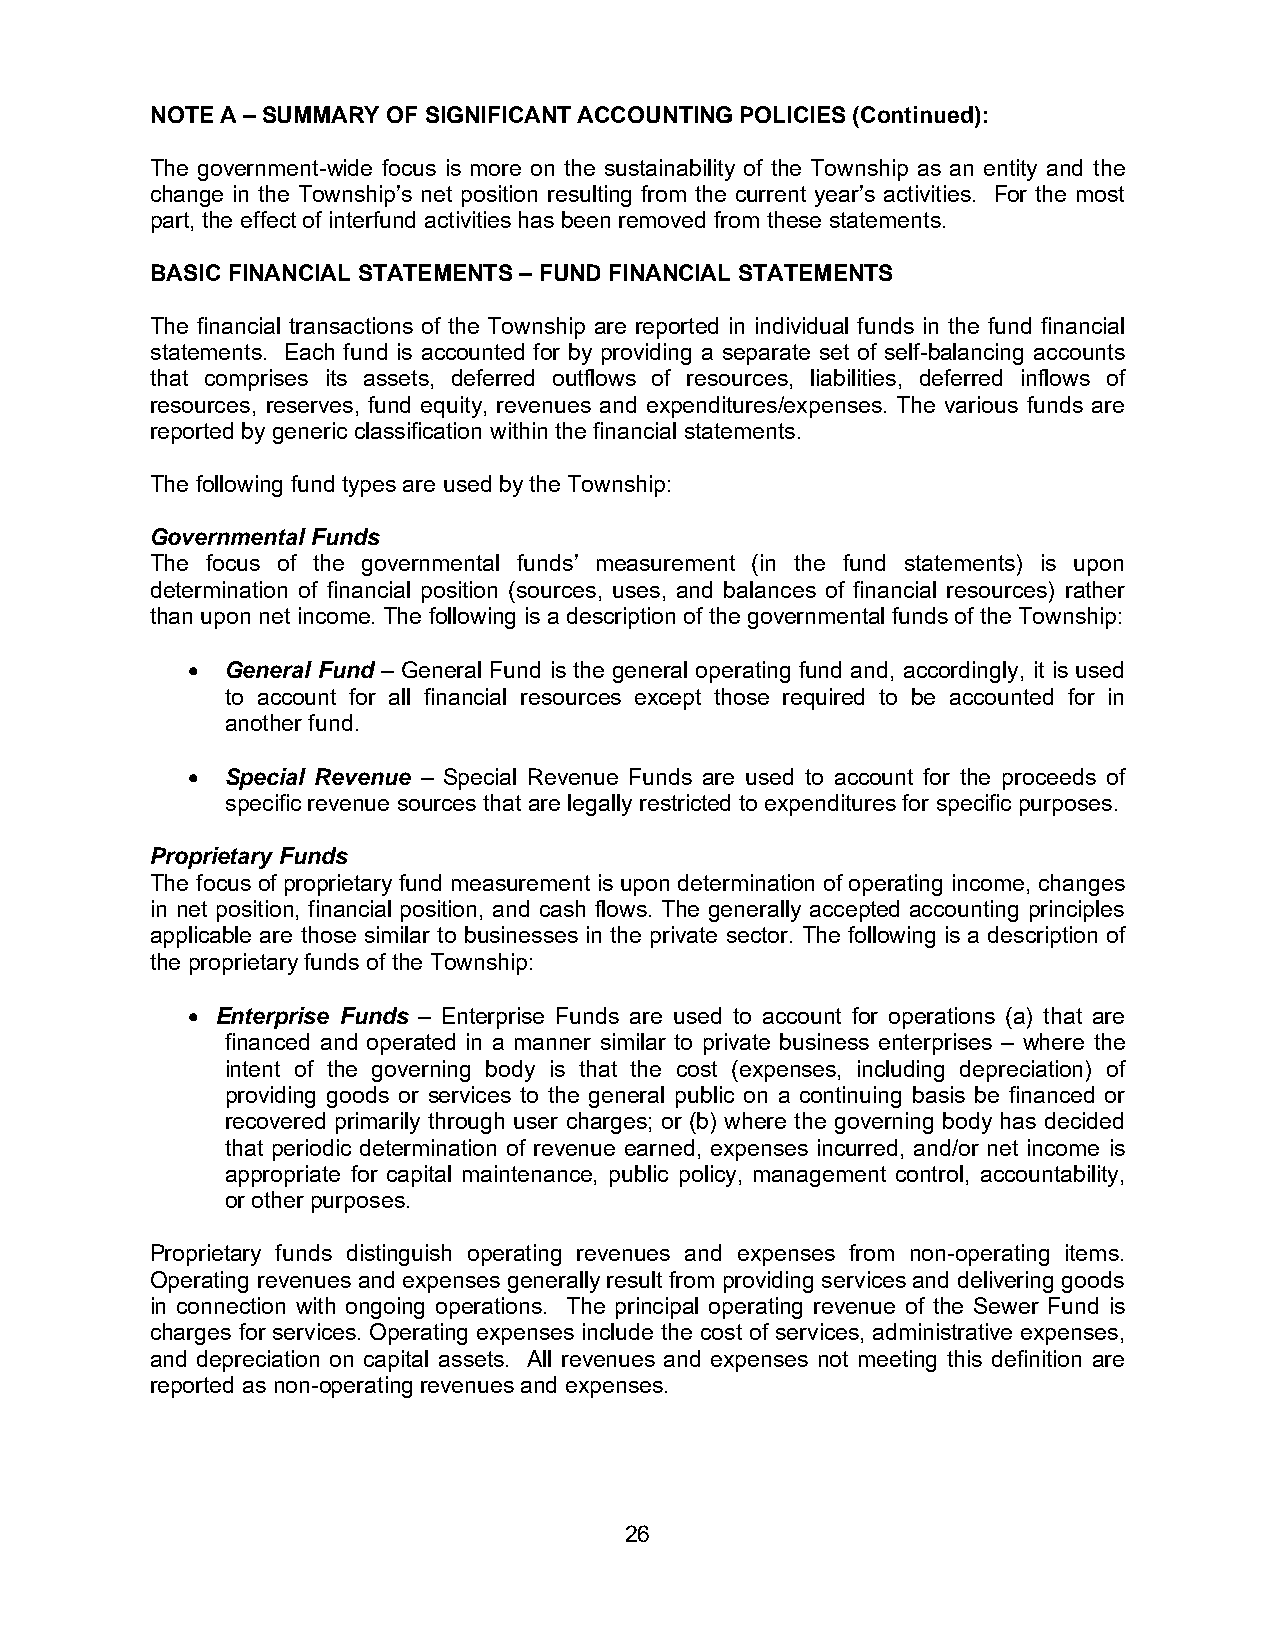
NOTE A – SUMMARY OF SIGNIFICANT ACCOUNTING POLICIES (Continued):
 The government-wide focus is more on the sustainability of the Township as an entity and the
 change in the Township’s net position resulting from the current year’s activities. For the most
 part, the effect of interfund activities has been removed from these statements.
 BASIC FINANCIAL STATEMENTS – FUND FINANCIAL STATEMENTS
 The financial transactions of the Township are reported in individual funds in the fund financial
 statements. Each fund is accounted for by providing a separate set of self-balancing accounts
 that comprises its assets, deferred outflows of resources, liabilities, deferred inflows of
 resources, reserves, fund equity, revenues and expenditures/expenses. The various funds are
 reported by generic classification within the financial statements.
 The following fund types are used by the Township:
 Governmental Funds
 The focus of the governmental funds’ measurement (in the fund statements) is upon
 determination of financial position (sources, uses, and balances of financial resources) rather
 than upon net income. The following is a description of the governmental funds of the Township:
 •  General Fund – General Fund is the general operating fund and, accordingly, it is used
 to account for all financial resources except those required to be accounted for in
 another fund.
 •  Special Revenue – Special Revenue Funds are used to account for the proceeds of
 specific revenue sources that are legally restricted to expenditures for specific purposes.
 Proprietary Funds
 The focus of proprietary fund measurement is upon determination of operating income, changes
 in net position, financial position, and cash flows. The generally accepted accounting principles
 applicable are those similar to businesses in the private sector. The following is a description of
 the proprietary funds of the Township:
 • Enterprise Funds – Enterprise Funds are used to account for operations (a) that are
 financed and operated in a manner similar to private business enterprises – where the
 intent of the governing body is that the cost (expenses, including depreciation) of
 providing goods or services to the general public on a continuing basis be financed or
 recovered primarily through user charges; or (b) where the governing body has decided
 that periodic determination of revenue earned, expenses incurred, and/or net income is
 appropriate for capital maintenance, public policy, management control, accountability,
 or other purposes.
 Proprietary funds distinguish operating revenues and expenses from non-operating items.
 Operating revenues and expenses generally result from providing services and delivering goods
 in connection with ongoing operations. The principal operating revenue of the Sewer Fund is
 charges for services. Operating expenses include the cost of services, administrative expenses,
 and depreciation on capital assets. All revenues and expenses not meeting this definition are
 reported as non-operating revenues and expenses.
 26